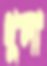
ধুসা